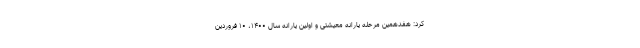
کرد: هفدهمین مرحله یارانه معیشتی و اولین یارانه سال ۱۴۰۰،‌ ۱۰ فروردین